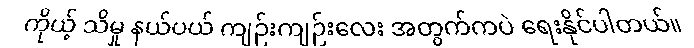
ကိုယ့် သိမှု နယ်ပယ် ကျဉ်းကျဉ်းလေး အတွက်ကပဲ ရေးနိုင်ပါတယ်။